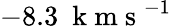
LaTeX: -8.3\ \mathrm{~k~m~s~}^{-1}